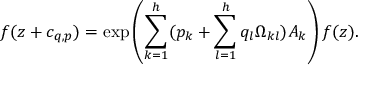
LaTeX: f ( z + c _ { q , p } ) = \exp \left( { \sum _ { k = 1 } ^ { h } ( p _ { k } + \sum _ { l = 1 } ^ { h } q _ { l } \Omega _ { k l } ) A _ { k } } \right) f ( z ) .